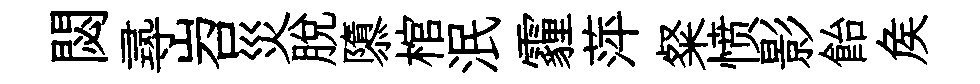
閟𡬶岧災脱隳棺泯霾萍粲愤影飴矦